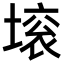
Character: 㙥